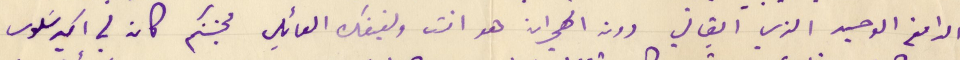
الدافع الوحيد الذي ابقاني دون الهجران هو انت ولفيفك العائلي فحبكم كان لي اكبر سَلوى